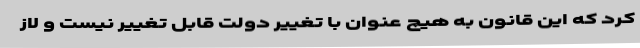
کرد که این قانون به هیچ عنوان با تغییر دولت قابل تغییر نیست و لاز